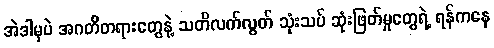
အဲဒါမှပဲ အဂတိတရားတွေနဲ့ သတိလက်လွတ် သုံးသပ် ဆုံးဖြတ်မှုတွေရဲ့ ရန်ကနေ